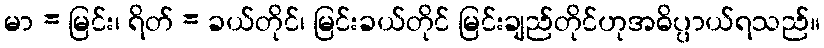
မာ = မြင်း၊ ရိတ် = ခယ်တိုင်၊ မြင်းခယ်တိုင် မြင်းချည်တိုင်ဟုအဓိပ္ပာယ်ရသည်။